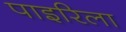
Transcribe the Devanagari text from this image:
पाइरिला